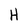
Character: H